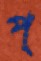
প্